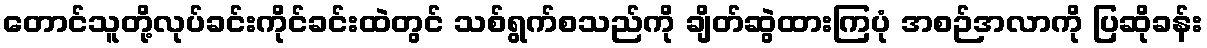
တောင်သူတို့လုပ်ခင်းကိုင်ခင်းထဲတွင် သစ်ရွက်စသည်ကို ချိတ်ဆွဲထားကြပုံ အစဉ်အလာကို ပြဆိုခန်း